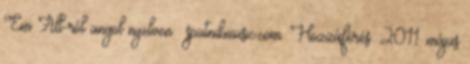
'Em All-ról angol nyelven . sputnikmusic.com. Hozzáférés: 2011. május